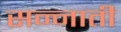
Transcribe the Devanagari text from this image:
सन्नाती